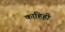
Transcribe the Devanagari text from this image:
काहिही